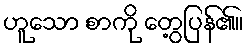
ဟူသော စာကို တွေ့ပြန်၏။